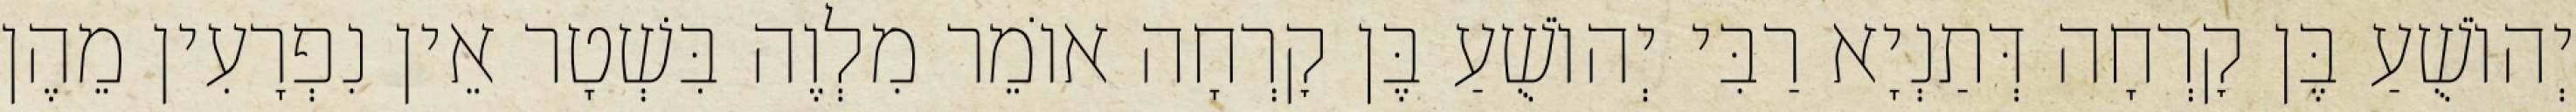
יְהוֹשֻׁעַ בֶּן קׇרְחָה דְּתַנְיָא רַבִּי יְהוֹשֻׁעַ בֶּן קׇרְחָה אוֹמֵר מִלְוֶה בִּשְׁטָר אֵין נִפְרָעִין מֵהֶן